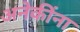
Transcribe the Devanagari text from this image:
अनेकींना